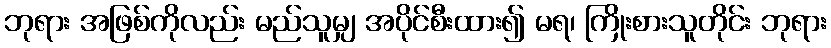
ဘုရား အဖြစ်ကိုလည်း မည်သူမျှ အပိုင်စီးထား၍ မရ၊ ကြိုးစားသူတိုင်း ဘုရား